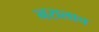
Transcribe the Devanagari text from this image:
नरालाच